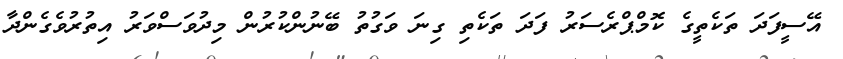
އޭސީފަދަ ތަކެތީގެ ކޮމްޕްރެސަރު ފަދަ ތަކެތި ގިނަ ވަގުތު ބޭނުންކުރުން މިދުވަސްވަރު އިތުރުވެގެންދާ